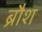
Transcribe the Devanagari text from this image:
ब्रौश